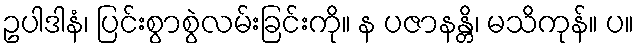
ဥပါဒါနံ၊ ပြင်းစွာစွဲလမ်းခြင်းကို။ န ပဇာနန္တိ၊ မသိကုန်။ ပ။